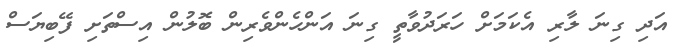
އަދި ގިނަ ލާރި އެކަމަށް ހަރަދުވާތީ ގިނަ އަންހެންވެރިން ބޮލުން އިސްތަށި ފޭބިޔަސް